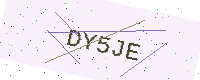
Text: DY5JE